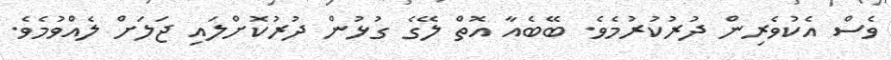
ވެސް އެކުވެރިން ދުރުކުރުމެވެ. ބޭބެއާ އޮތް ލޭގެ ގުޅުން ދުރުކޮށްލައި ޖަލަށް ލެއްވުމެވެ.